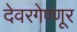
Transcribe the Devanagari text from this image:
देवरगेण्णूर